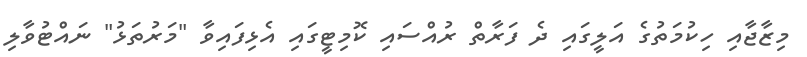
މިޒާޖާއި ހިކުމަތުގެ އަލީގައި ދެ ފަރާތް ރުއްސައި ކޮމިޓީގައި އެޅިފައިވާ "މަރުތަޅު" ނައްޓުވާލި